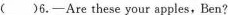
( )6.—Are these your apples, Ben?